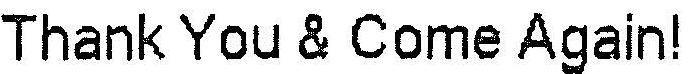
THANK YOU & COME AGAIN!